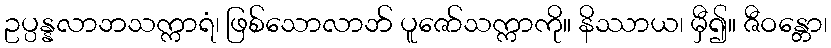
ဥပ္ပန္နလာဘသက္ကာရံ၊ ဖြစ်သောလာဘ် ပူဇော်သက္ကာကို။ နိဿာယ၊ မှီ၍။ ဇီဝန္တော၊